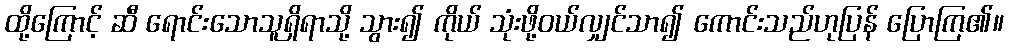
ထို့ကြောင့် ဆီ ရောင်းသောသူရှိရာသို့ သွား၍ ကိုယ် သုံးဖို့ဝယ်လျှင်သာ၍ ကောင်းသည်ဟုပြန် ပြောကြ၏။